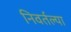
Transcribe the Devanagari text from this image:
निवर्तल्या